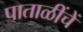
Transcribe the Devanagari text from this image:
पाताळींचें